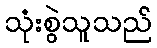
သုံးစွဲသူသည်